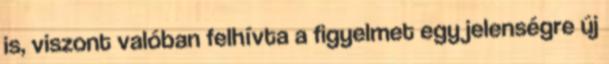
is, viszont valóban felhí­vta a figyelmet egy jelenségre új